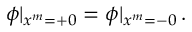
\phi \vert _ { x ^ { m } = + 0 } = \phi \vert _ { x ^ { m } = - 0 } \, .